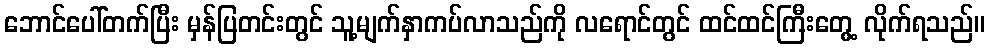
ဘောင်ပေါ်တက်ပြီး မှန်ပြတင်းတွင် သူ့မျက်နှာကပ်လာသည်ကို လရောင်တွင် ထင်ထင်ကြီးတွေ့ လိုက်ရသည်။